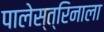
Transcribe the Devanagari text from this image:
पालेस्त्रिनाला